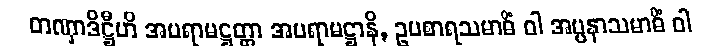
တဏှာဒိဋ္ဌီဟိ အပရာမဋ္ဌတ္တာ အပရာမဋ္ဌာနိ, ဥပစာရသမာဓိံ ဝါ အပ္ပနာသမာဓိံ ဝါ